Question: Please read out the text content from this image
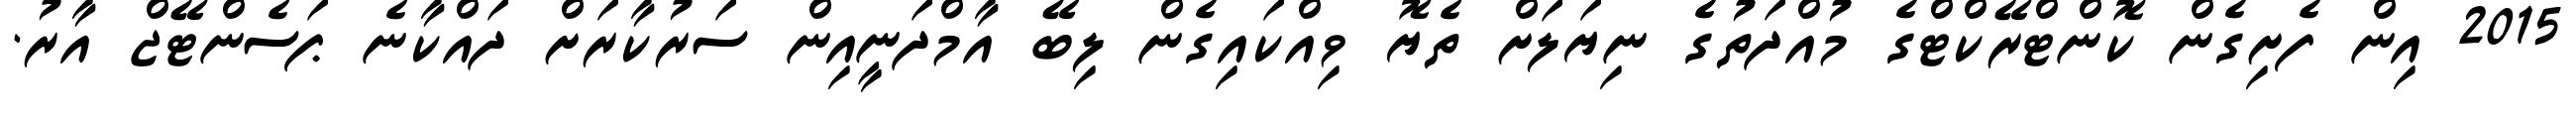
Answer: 2015 އިން ފެށިގެން ކޮންޓްރޭކްޓްގެ މުއްދަތުގެ ނިޔަލަށް ތެޔޮ ވިއްކައިގެން ލިބޭ އާމްދަނީއިން ސަރުކާރަށް ދައްކާނެ ޕަސެންޓޭޖް އާރު.